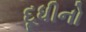
દૂધીનો